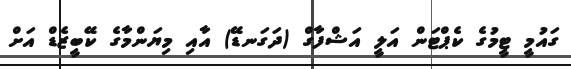
ގައުމީ ޓީމުގެ ކެޕްޓަން އަލީ އަޝްފާގް (ދަގަނޑޭ) އާއި މިޔަންމާގެ ކޭބީޒެޑް އަށް